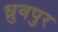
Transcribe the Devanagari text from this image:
ध्रुवपुर